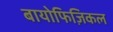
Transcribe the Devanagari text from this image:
बायोफिज़िकल